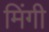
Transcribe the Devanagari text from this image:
मिंगी